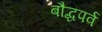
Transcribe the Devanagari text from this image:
बौद्धपर्व